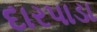
દારપાડા